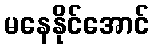
မနေနိုင်အောင်